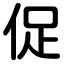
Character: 促